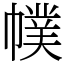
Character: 幞